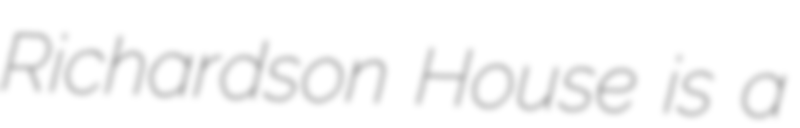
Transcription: Richardson House is a